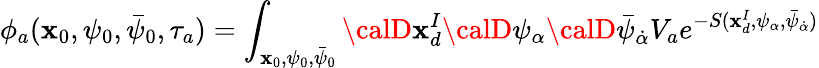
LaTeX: \phi_{a}(\mathbf{x}_{0},\psi_{0},\bar{{\psi}}_{0},\tau_{a})=\int_{\mathbf{x}_{0},\psi_{0},\bar{{\psi}}_{0}}{\calD}\mathbf{x}_{d}^{I}{\calD}\psi_{\alpha}{\calD}\bar{{\psi}}_{\dot{{\alpha}}}V_{a}e^{-S(\mathbf{x}_{d}^{I},\psi_{\alpha},\bar{{\psi}}_{\dot{{\alpha}}})}